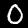
Digit: 0